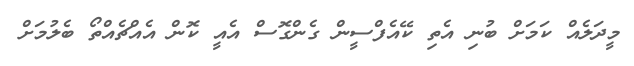
މީދަލެއް ކަމަށް ބުނި އެތި ކޭއެފްސީން ގެންގޮސް އެއީ ކޮން އެއްޗެއްތޯ ބެލުމަށް